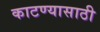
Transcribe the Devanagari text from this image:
काटण्यासाठी